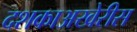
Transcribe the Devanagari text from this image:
दशकाअखेरीस